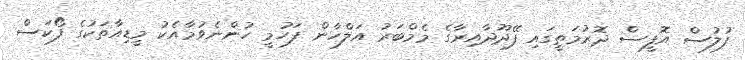
ފުލުސް އޮފީސް ދޮރުމަތީގައި ފޭދޫދާއިރާގެ މެމްބަރު އަލްހާން ފަހުމީ ހުންނެވުމާއެކު މީޑިއާތަކުގެ ފޯކަސް